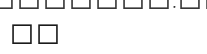
٦٨